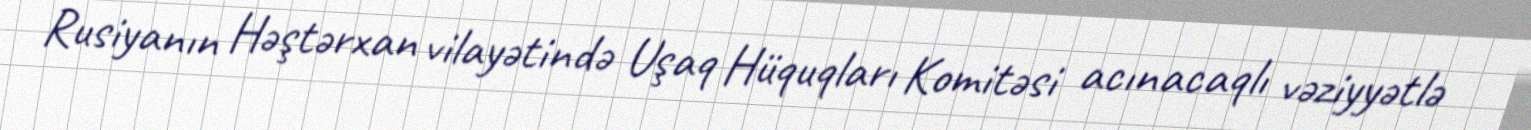
Rusiyanın Həştərxan vilayətində Uşaq Hüquqları Komitəsi acınacaqlı vəziyyətlə